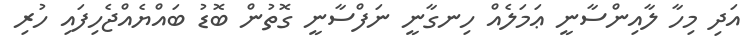
އަދި މިހާ ލާއިންސާނީ ޢަމަލެއް ހިނގާނީ ނަފްސާނީ ގޮތުން ބޮޑު ބައްޔެއްޖެހިފައި ހުރި